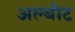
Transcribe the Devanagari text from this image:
अल्बीट